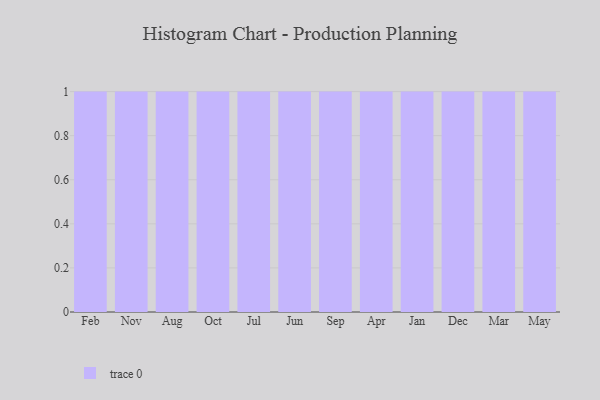
{"axis": {"x": "Month", "y": "LTV (USD)"}, "legend": [""], "data": [{"x": "Feb", "y": 73, "type": ""}, {"x": "Nov", "y": 51, "type": ""}, {"x": "Aug", "y": 8, "type": ""}, {"x": "Oct", "y": 25, "type": ""}, {"x": "Jul", "y": 4, "type": ""}, {"x": "Jun", "y": 63, "type": ""}, {"x": "Sep", "y": 74, "type": ""}, {"x": "Apr", "y": 2, "type": ""}, {"x": "Jan", "y": 100, "type": ""}, {"x": "Dec", "y": 26, "type": ""}, {"x": "Mar", "y": 57, "type": ""}, {"x": "May", "y": 49, "type": ""}]}